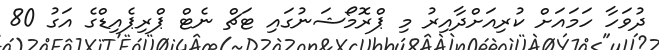
ދުވަހާ ހަމައަށް ކުރިއަށްދާއިރު މި ޕްރޮމޯޝަނުގައި ޓަޗް ނެޓް ޕްރިޕެއިޑްގެ އަގު 80